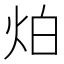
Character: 𤇢